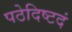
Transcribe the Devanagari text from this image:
पठेदिष्टदं